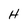
Character: H